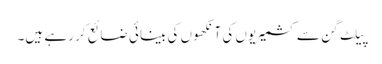
پیلٹ گن سے کشمیریوں کی آنکھوں کی بینائی ضائع کر رہے ہیں۔